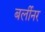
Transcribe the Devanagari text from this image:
बर्लीनर